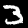
Label: 3